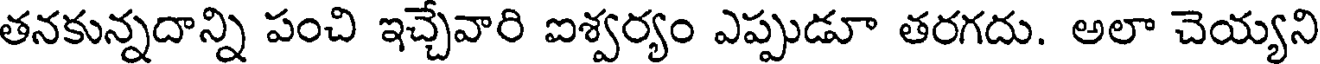
తనకున్నదాన్ని పంచి ఇచ్చేవారి ఐశ్వర్యం ఎప్పుడూ తరగదు. అలా చెయ్యని